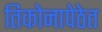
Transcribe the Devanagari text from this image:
तिकोनापेठेत